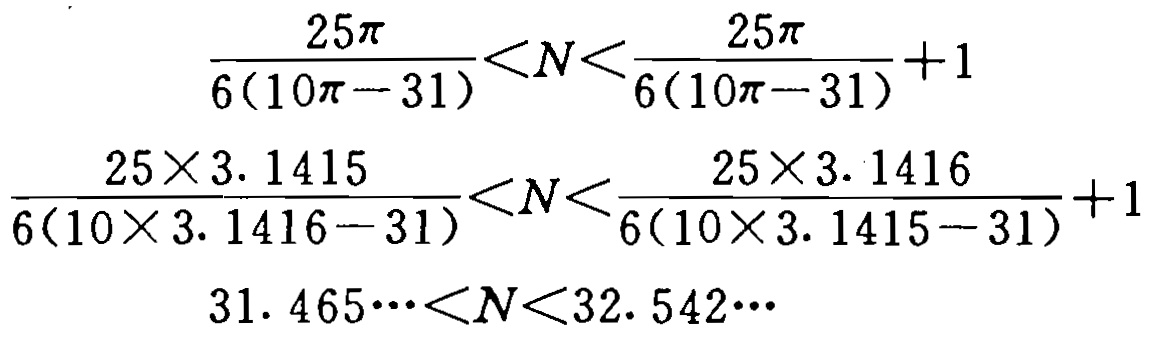
\[
\begin{align*}
\frac{25\pi}{6(10\pi - 31)}&<N<\frac{25\pi}{6(10\pi - 31)} + 1\\
\frac{25\times 3.1415}{6(10\times 3.1416 - 31)}&<N<\frac{25\times 3.1416}{6(10\times 3.1415 - 31)} + 1\\
31.465\cdots&<N<32.542\cdots
\end{align*}
\]